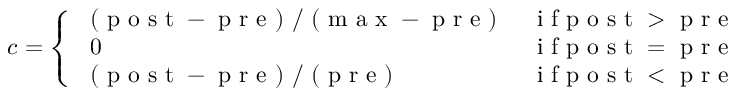
c = \left\{ \begin{array} { l l } { \mathrm { ~ ( ~ p ~ o ~ s ~ t ~ - ~ p ~ r ~ e ~ ) ~ / ~ ( ~ m ~ a ~ x ~ - ~ p ~ r ~ e ~ ) ~ } } & { \mathrm { ~ i ~ f ~ p ~ o ~ s ~ t ~ > ~ p ~ r ~ e ~ } } \\ { \mathrm { ~ 0 ~ } } & { \mathrm { ~ i ~ f ~ p ~ o ~ s ~ t ~ = ~ p ~ r ~ e ~ } } \\ { \mathrm { ~ ( ~ p ~ o ~ s ~ t ~ - ~ p ~ r ~ e ~ ) ~ / ~ ( ~ p ~ r ~ e ~ ) ~ } } & { \mathrm { ~ i ~ f ~ p ~ o ~ s ~ t ~ < ~ p ~ r ~ e ~ } } \end{array} \right.